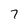
Character: 7